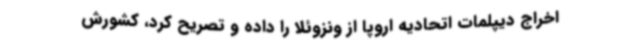
اخراج دیپلمات اتحادیه اروپا از ونزوئلا را داده و تصریح کرد، کشورش